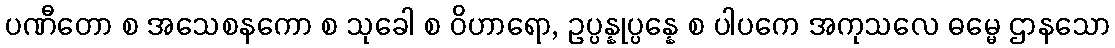
ပဏီတော စ အသေစနကော စ သုခေါ စ ဝိဟာရော, ဥပ္ပန္နုပ္ပန္နေ စ ပါပကေ အကုသလေ ဓမ္မေ ဌာနသော